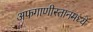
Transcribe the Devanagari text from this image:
अफगाणीस्तानमध्ये